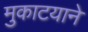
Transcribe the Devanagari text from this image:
मुकाटयाने